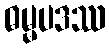
ဓမ္မပဒဿ